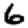
Digit: 6